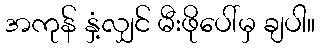
အကုန် နှံ့လျှင် မီးဖိုပေါ်မှ ချပါ။